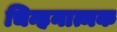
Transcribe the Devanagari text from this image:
चिन्हनात्मक